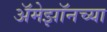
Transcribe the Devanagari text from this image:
अॅमेझॉनच्या